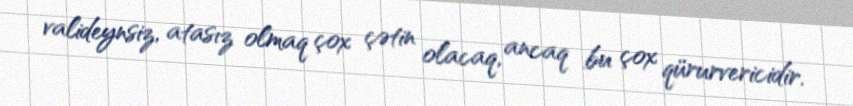
valideynsiz, atasız olmaq çox çətin olacaq, ancaq bu çox qürurvericidir.